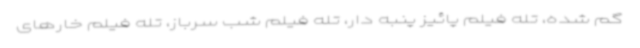
گم شده، تله فیلم پائیز پنبه دار، تله فیلم شب سرباز، تله فیلم خارهای